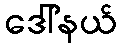
ဒေါ်နယ်